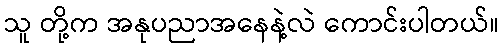
သူ တို့က အနုပညာအနေနဲ့လဲ ကောင်းပါတယ်။